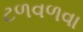
ટળવળવા